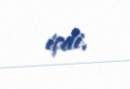
içdi.